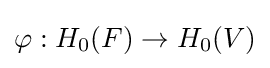
\varphi :H_{0}(F)\to H_{0}(V)